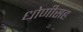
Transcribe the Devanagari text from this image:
धोणीसह